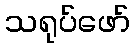
သရုပ်ဖော်